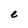
Character: e